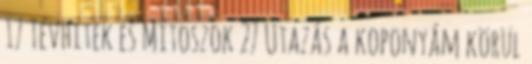
17 Tévhitek és Mítoszok 27 Utazás a koponyám körül